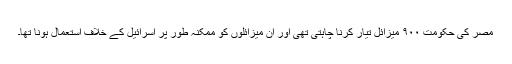
مصر کی حکومت ۹۰۰ میزائل تیار کرنا چاہتی تھی اور ان میزائلوں کو ممکنہ طور پر اسرائیل کے خلاف استعمال ہونا تھا۔